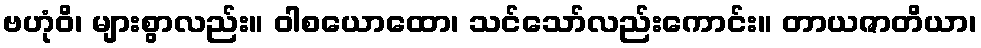
ဗဟုံဝိ၊ များစွာလည်း။ ဝါစယောထော၊ သင်သော်လည်းကောင်း။ တာယဇာတိယာ၊